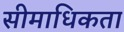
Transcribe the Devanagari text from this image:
सीमाधिकता